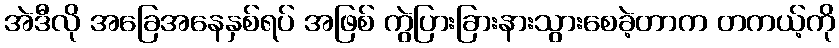
အဲဒီလို အခြေအနေနှစ်ရပ် အဖြစ် ကွဲပြားခြားနားသွားစေခဲ့တာက တကယ့်ကို